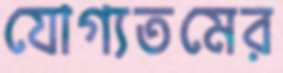
যোগ্যতমের